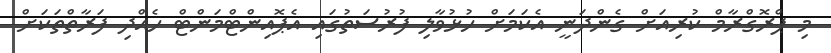
މި ޕްރޮގްރާމް ކުރިއަށް ގެންދަނީ އެކަމަށް ހުޅުވާލި ފުރުސަތުގައި އެޕޮއިންޓްމަންޓް ހެއްދި ފަރާތްތަކަށް